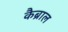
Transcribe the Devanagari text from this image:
कैब्राल